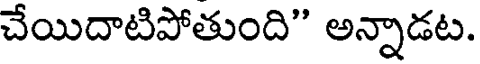
చేయిదాటిపోతుంది" అన్నాడట.